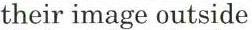
their image outside